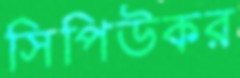
সিপিউকর